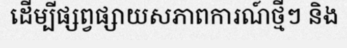
ដើម្បីផ្សព្វផ្សាយសភាពការណ៍ថ្មីៗ និង